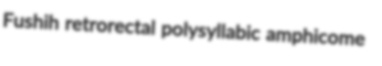
Fushih retrorectal polysyllabic amphicome